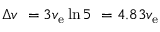
\Delta v \ = 3 v _ { \mathrm { e } } \ln 5 \ = 4 . 8 3 v _ { \mathrm { e } }